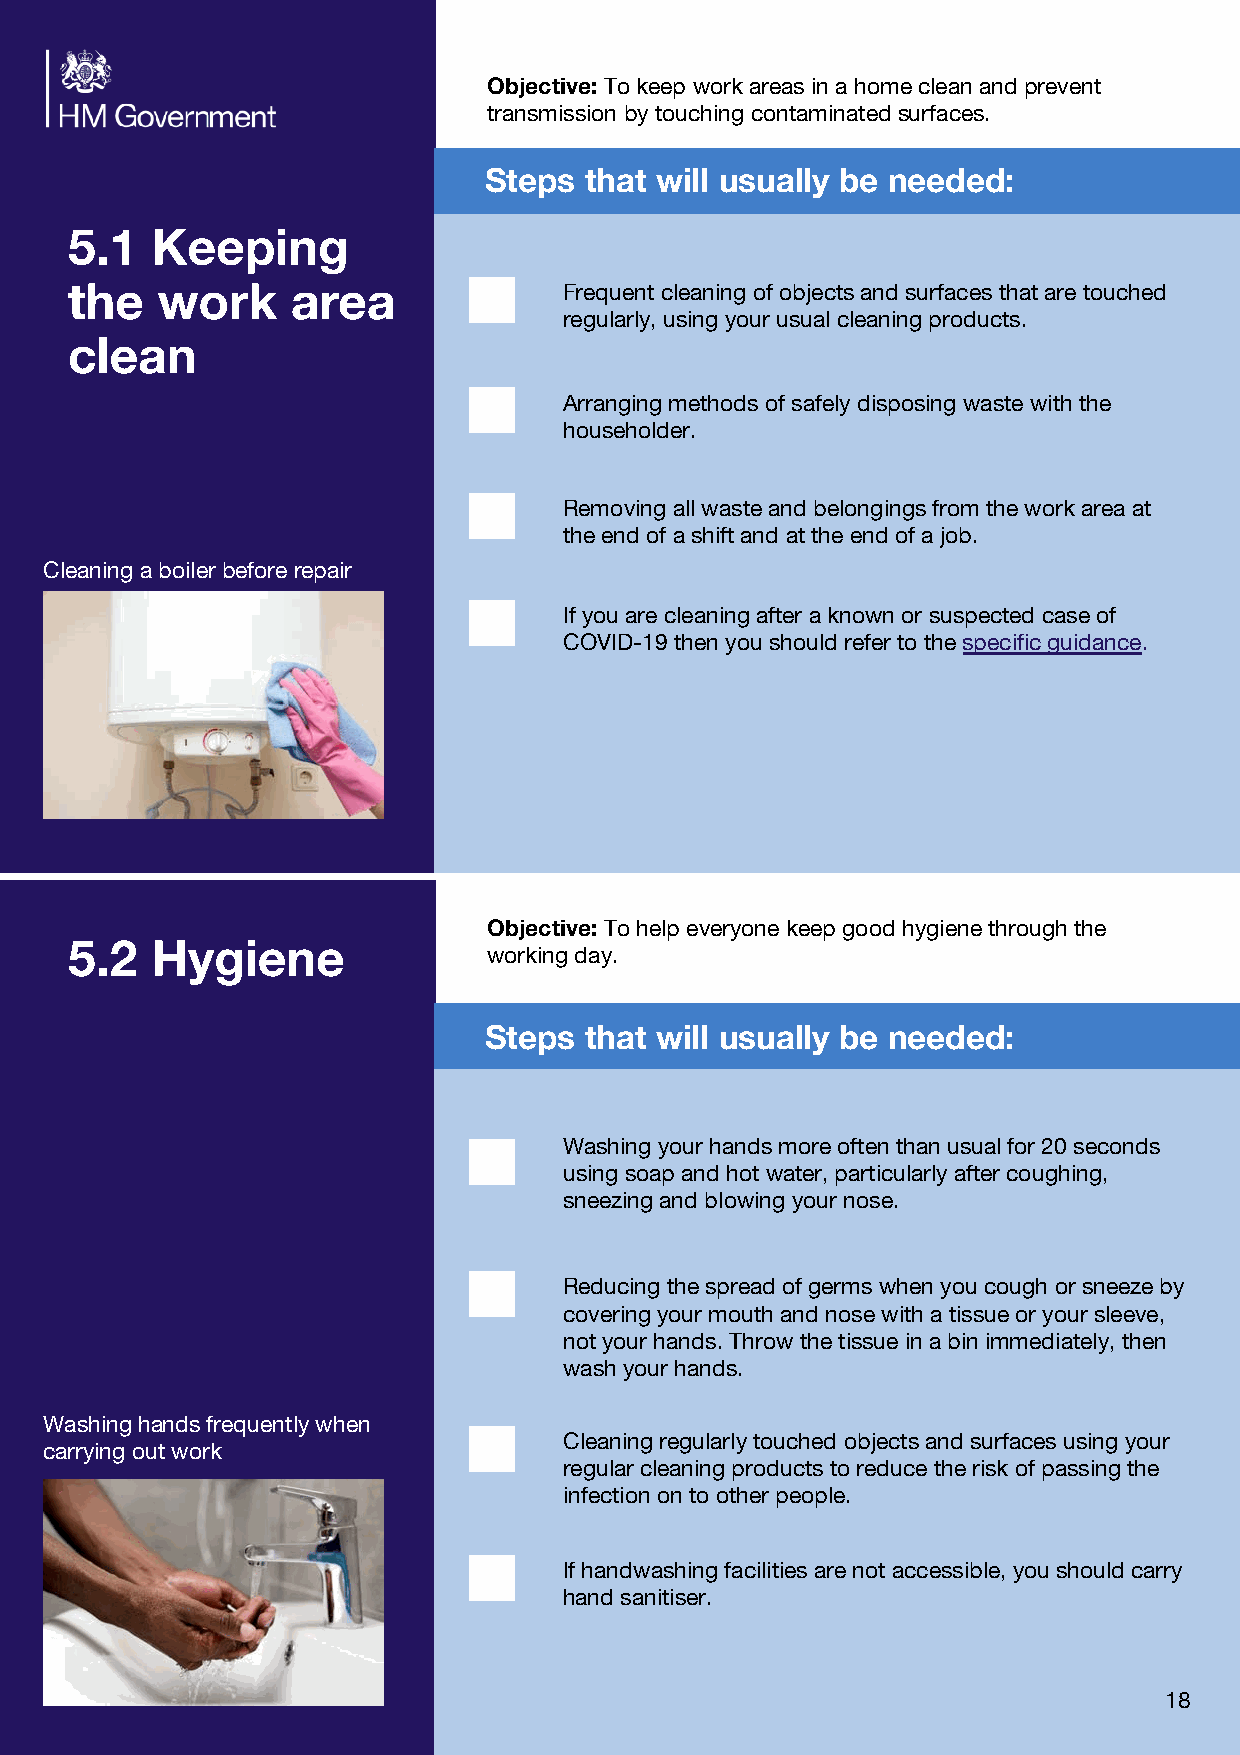
Objective: To keep work areas in a home clean and prevent
 transmission by touching contaminated surfaces.
 s  tt t iillll ill lly e      :
 SStteeSpptessptthhaathaww wuussuuusaaullllayy bbeebnneeneeeddeeeddded
 1
 5.    Keeping
 e       k       a            Frequent cleaning of objects and surfaces that are touched
 th    wor      are
 regularly, using your usual cleaning products.
 ean
 cl
 Arranging methods of safely disposing waste with the
 householder.
 Removing all waste and belongings from the work area at
 the end of a shift and at the end of a job.
 Cleaning a boiler before repair
 If you are cleaning after a known or suspected case of
 COVID-19 then you should refer to the specific guidance.
 Objective: To help everyone keep good hygiene through the
 2             e
 5.    Hygien                working day.
 s    t  ill     lly e         :
 Step   tha w    usua    b  needed
 Washing your hands more often than usual for 20 seconds
 using soap and hot water, particularly after coughing,
 sneezing and blowing your nose.
 Reducing the spread of germs when you cough or sneeze by
 covering your mouth and nose with a tissue or your sleeve,
 not your hands. Throw the tissue in a bin immediately, then
 wash your hands.
 Washing hands frequently when
 Cleaning regularly touched objects and surfaces using your
 carrying out work
 regular cleaning products to reduce the risk of passing the
 infection on to other people.
 If handwashing facilities are not accessible, you should carry
 hand sanitiser.
 18